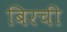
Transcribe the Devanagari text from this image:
बिरची